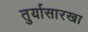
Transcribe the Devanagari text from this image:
तुर्यासारखा